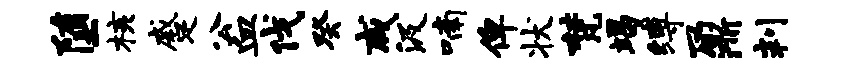
堕核蹙公血伐癸咸汲喃俾状梵竭缚鼐判